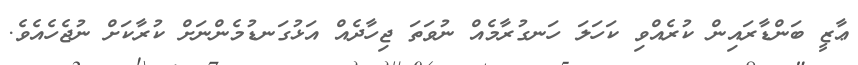
ޢާޒީ ބަންޑާރައިން ކުރެއްވި ކަހަލަ ހަނގުރާމެއް ނުވަތަ ޖިހާދެއް އަޅުގަނޑުމެންނަށް ކުރާކަށް ނުޖެހެއެވެ.